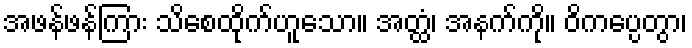
အဖန်ဖန်ကြား သိစေထိုက်ဟူသော။ အတ္ထံ၊ အနက်ကို။ ဝိကပ္ပေတွာ၊